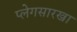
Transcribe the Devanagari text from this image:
प्लेगसारखा